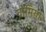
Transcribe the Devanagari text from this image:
ग्रोमिया